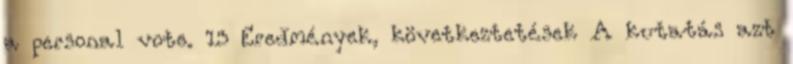
a personal vote. 13 Eredmények, következtetések A kutatás azt